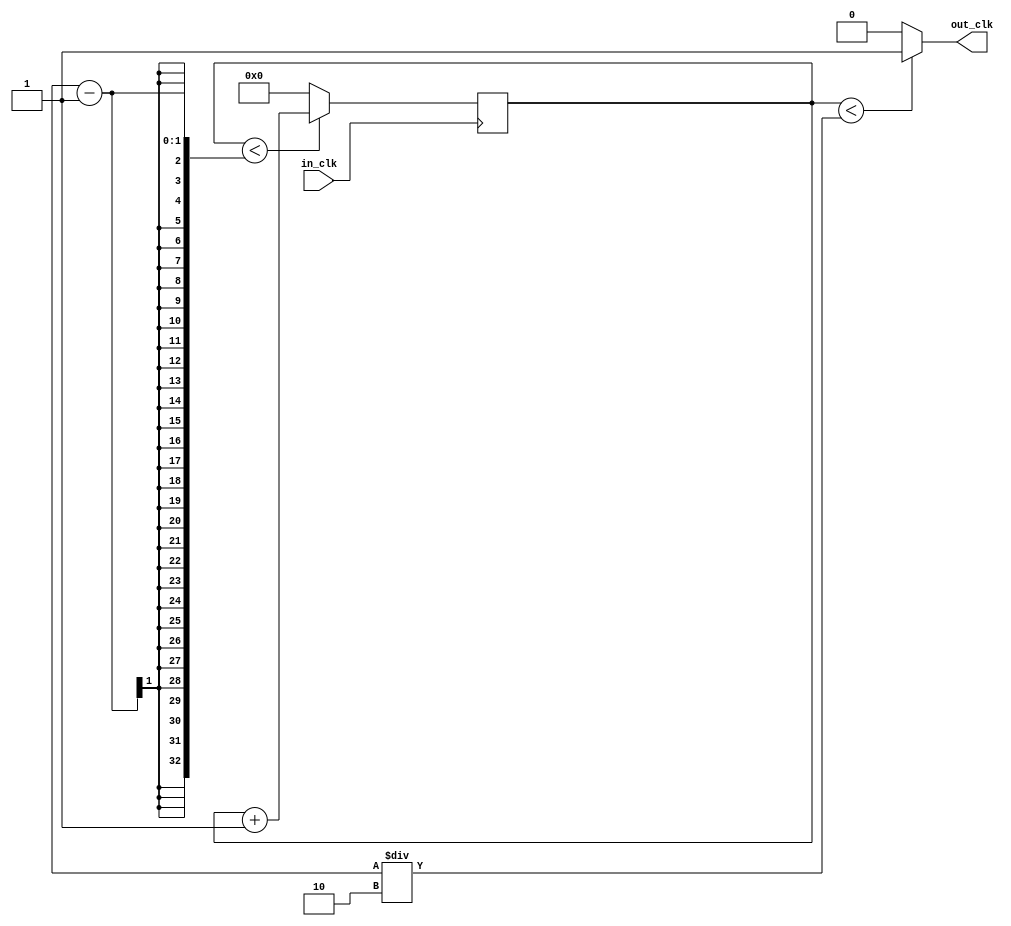
module clock_divider(
		input in_clk,
		output reg out_clk
	);

	reg [32:0] m;
	initial  begin
		m = 0;
	end
	
	always @ (posedge (in_clk)) begin
		if (m < DIVIDER - 1)
			m <= m + 1;
		else
			m <= 0;
	end

	always @ (m) begin
		if (m < DIVIDER/2)
			out_clk <= 1;
		else
			out_clk <= 0;
	end


/*module clock_divider(
	input in_clk,
	input [15:0] divider_factor,
	output reg out_clk
	);
	

	reg [31:0] m;
	reg [31:0] divider;
	reg [31:0] half_divider;

	initial begin
		m = 0;
		divider = 2;
		half_divider = 1;
	end

	always @(posedge in_clk) begin
		if (m < divider - 1)
			m <= m + 1;
		else   
			m <= 0;
	end

	always @(in_clk) begin
		if (divider_factor == 0)
			out_clk <= in_clk;
		else if (m < half_divider)
			out_clk <= 1;
		else
			out_clk <= 0;
	end
	
	always @(out_clk) begin
		divider = 2**divider_factor;
		half_divider = divider/2;
	end*/
	
endmodule